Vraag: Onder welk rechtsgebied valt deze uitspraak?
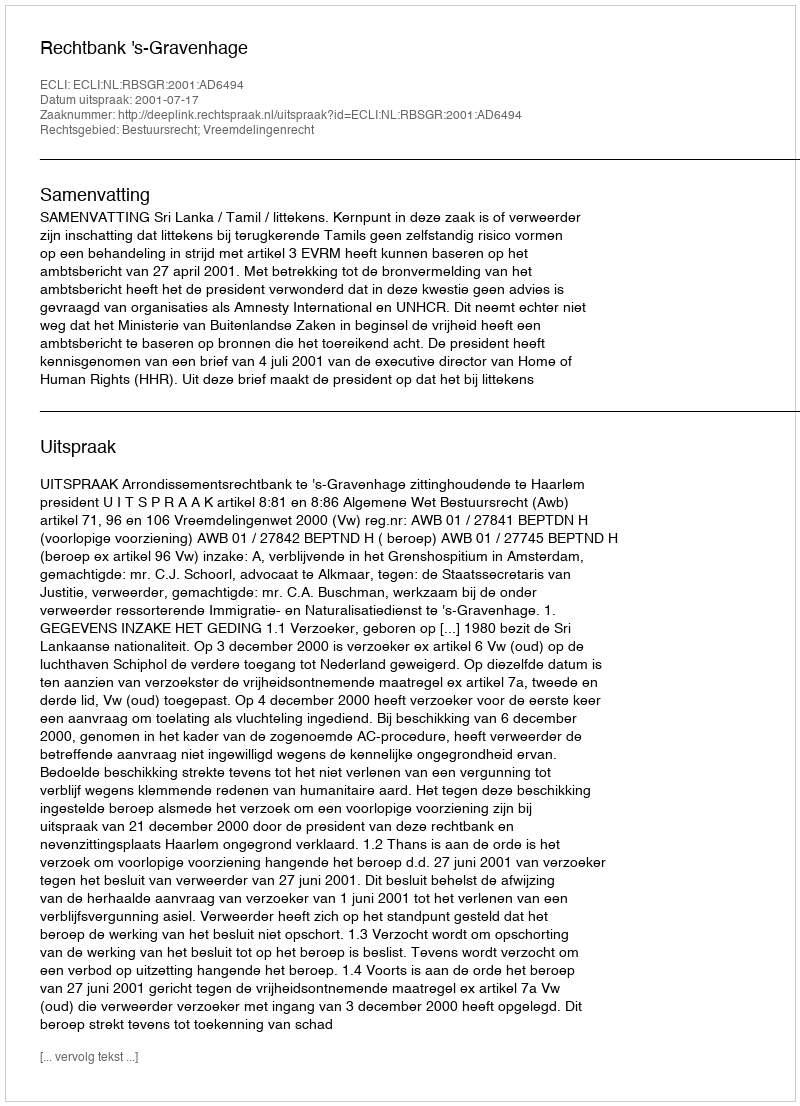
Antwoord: Bestuursrecht; Vreemdelingenrecht